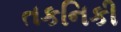
તકનિકી